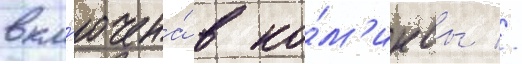
вкл'ючена́ в ко́м'иксы //